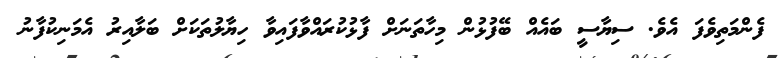
ފެންމަތިވެފަ އެވެ. ސިޔާސީ ބައެއް ބޭފުޅުން މިހާތަނަށް ފާޅުކުރައްވާފައިވާ ހިޔާލުތަކަށް ބަލާއިރު އެމަނިކުފާނު